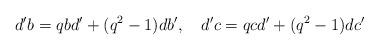
LaTeX: \begin{align*}d'b=qbd'+(q^2-1)db',\quad d'c=qcd'+(q^2-1)dc'\end{align*}